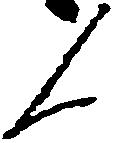
人